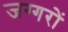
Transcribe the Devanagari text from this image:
जग्गरों